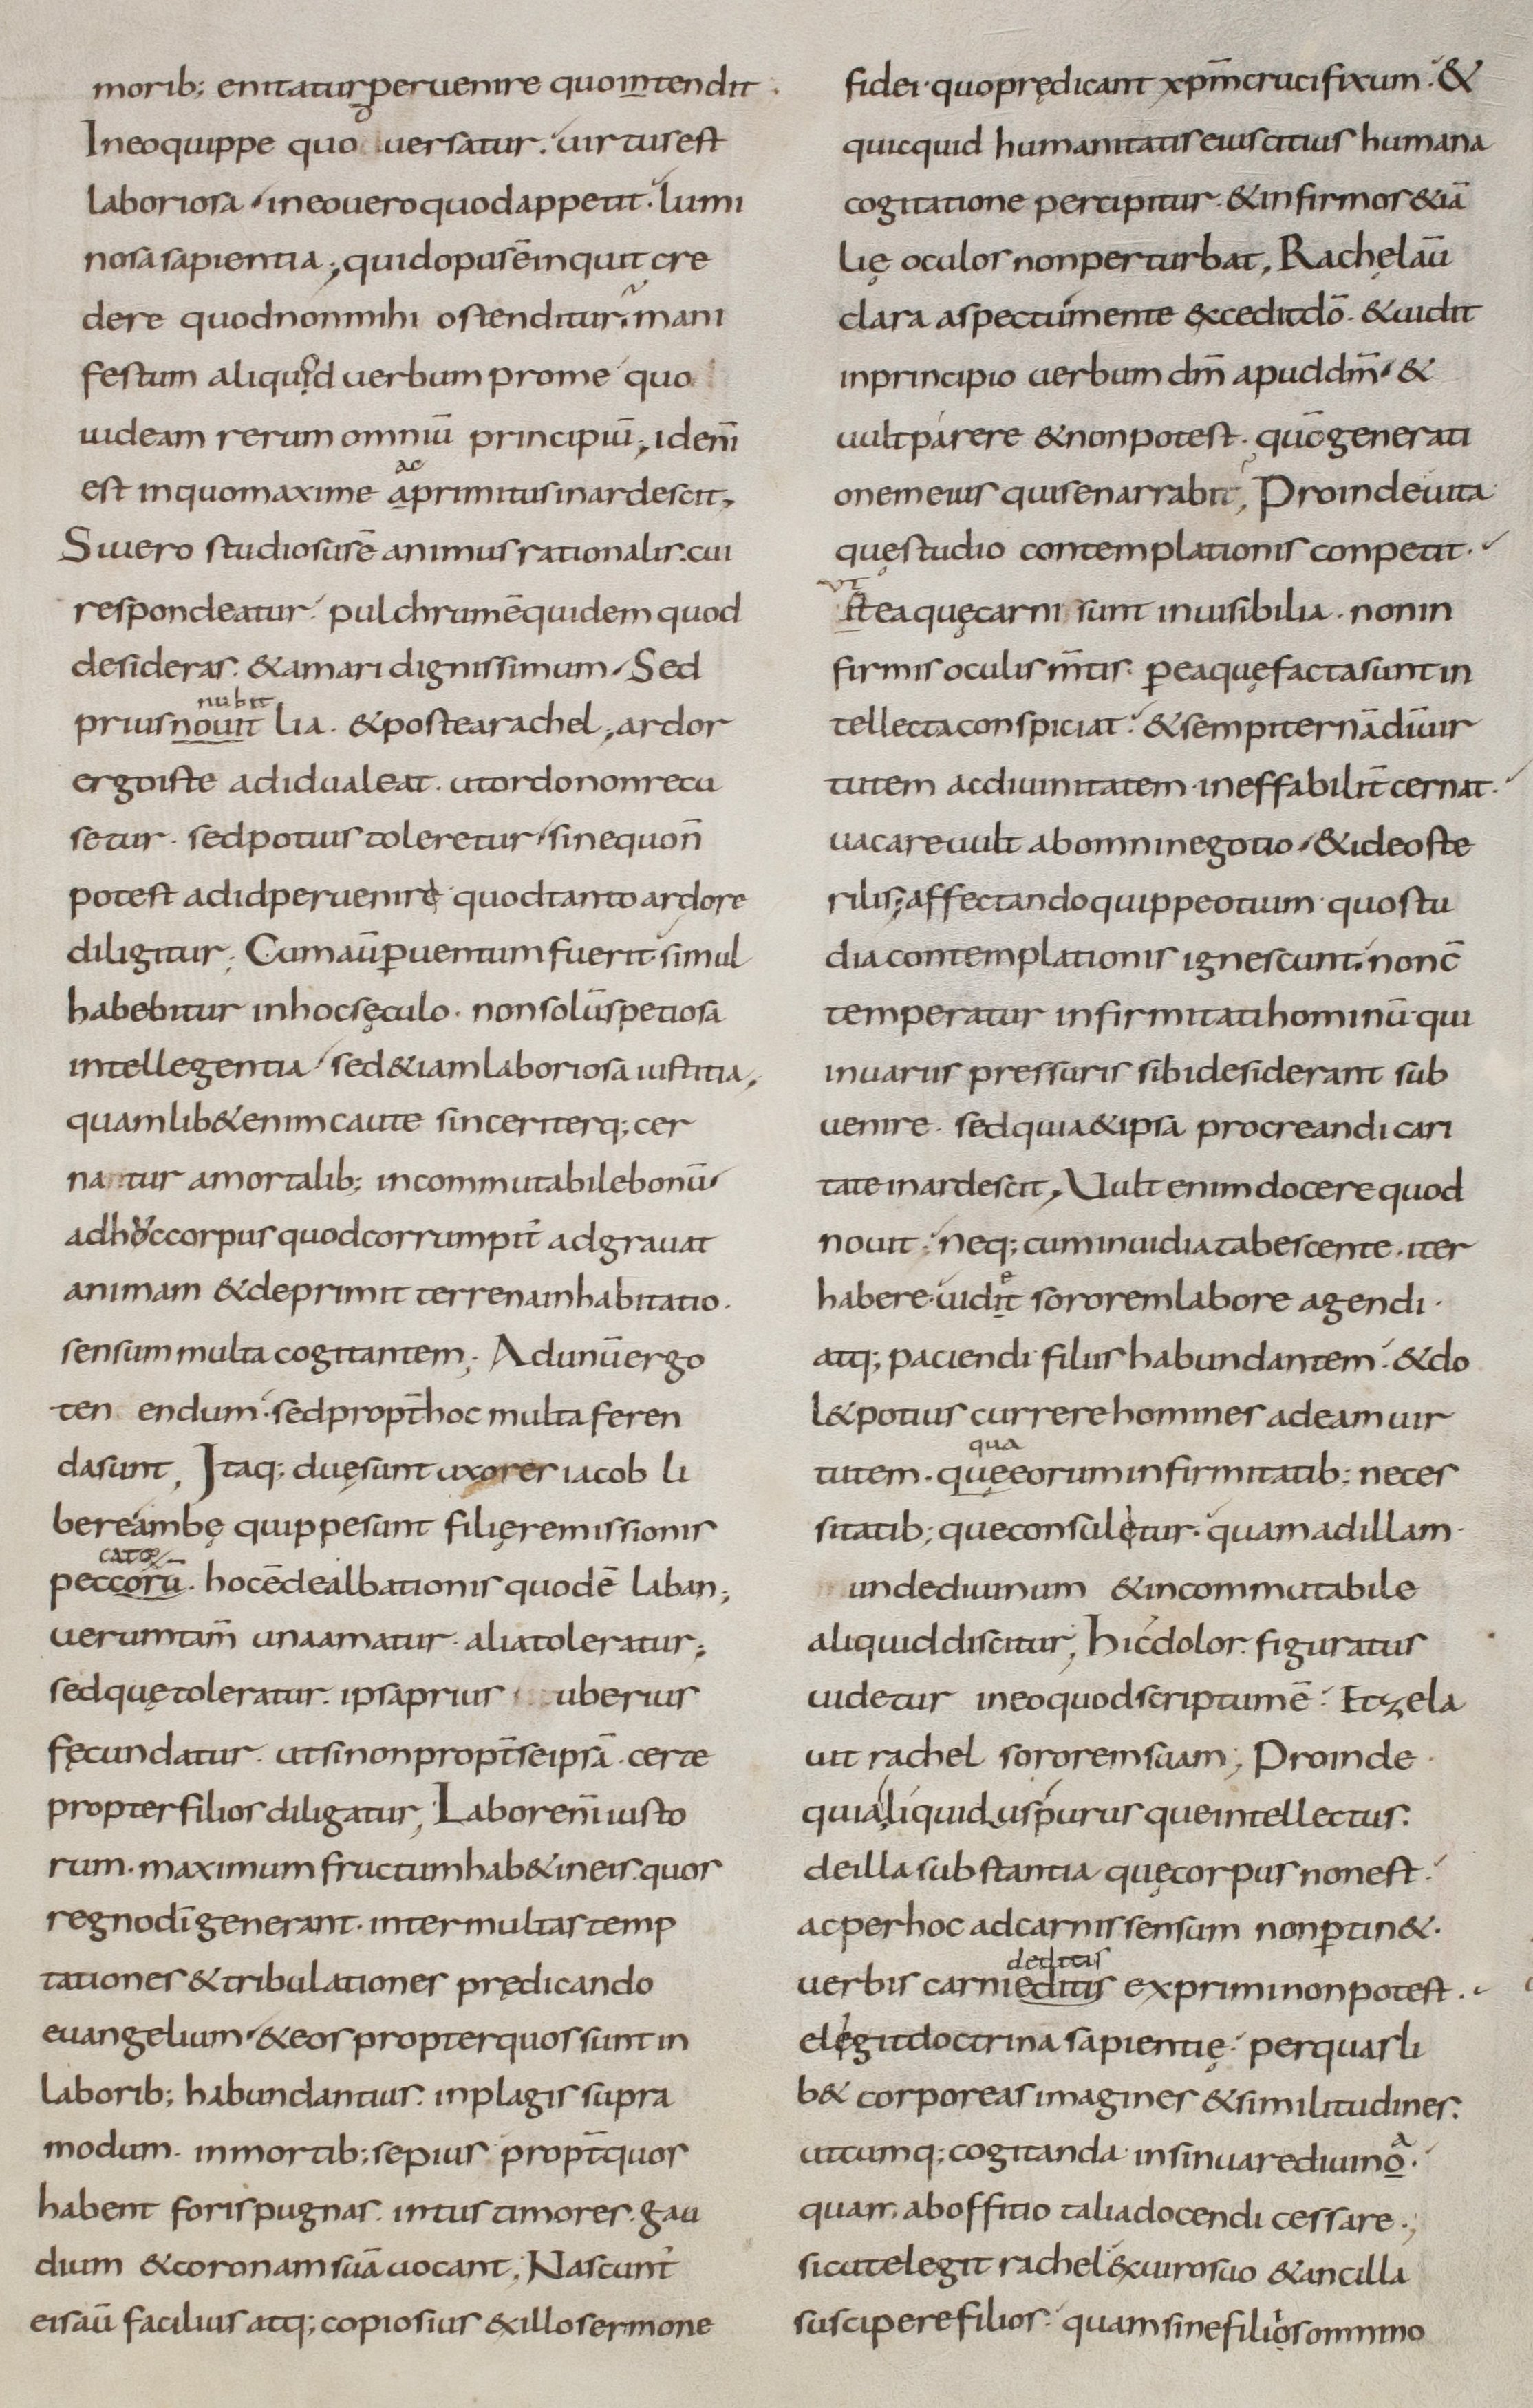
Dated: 800–899